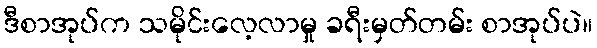
ဒီစာအုပ်က သမိုင်းလေ့လာမှု ခရီးမှတ်တမ်း စာအုပ်ပဲ။